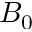
B _ { 0 }